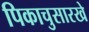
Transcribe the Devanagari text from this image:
पिकाचुसारखे